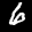
Label: 6